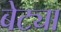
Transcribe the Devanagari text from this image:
बेट्या